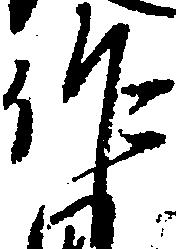
作